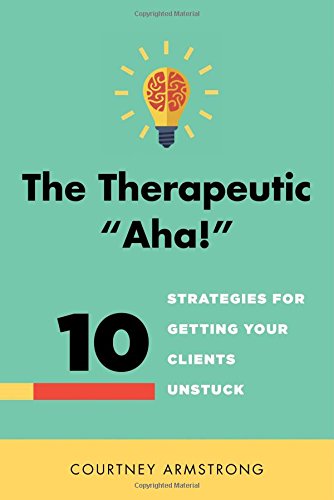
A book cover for The Therapeutic "Aha!": 10 Strategies for Getting Your Clients Unstuck; Courtney Armstrong; Medical Books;